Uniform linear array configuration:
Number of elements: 12
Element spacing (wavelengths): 0.75
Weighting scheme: hamming
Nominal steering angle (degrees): -60
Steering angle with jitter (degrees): -58.564
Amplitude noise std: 0.05
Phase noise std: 0.05

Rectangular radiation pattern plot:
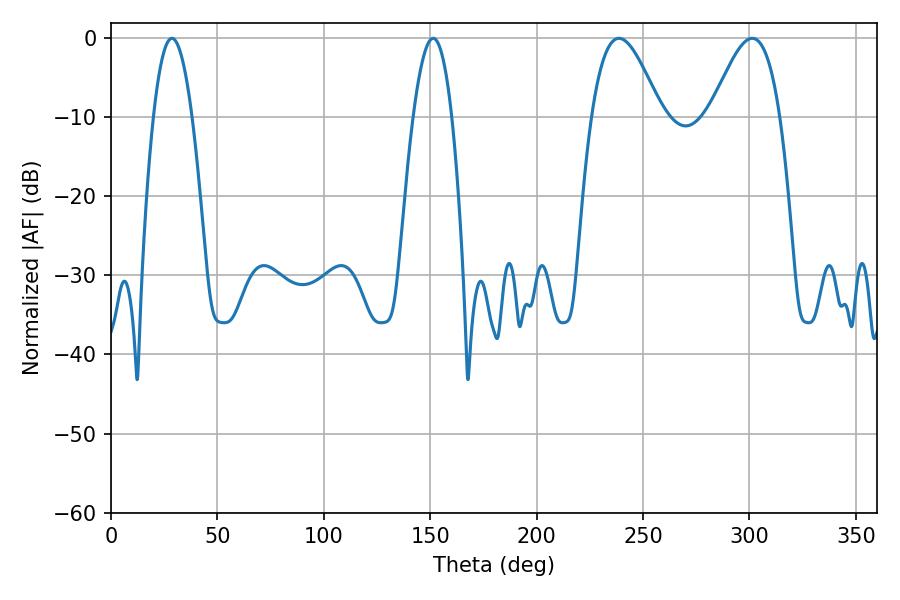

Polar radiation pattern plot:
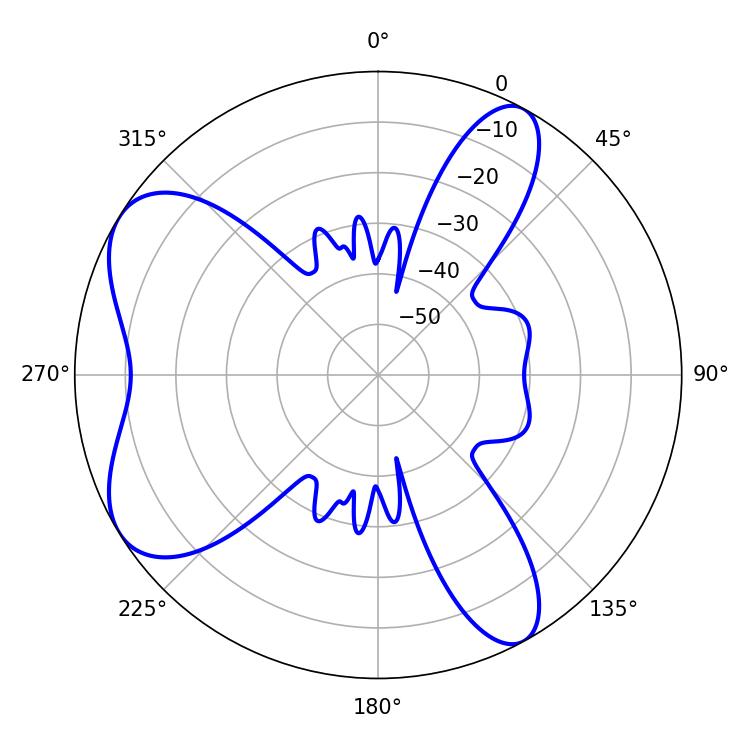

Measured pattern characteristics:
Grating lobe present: TRUE
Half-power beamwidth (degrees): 9.9
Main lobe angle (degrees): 28.62